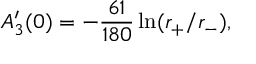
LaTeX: A _ { 3 } ^ { \prime } ( 0 ) = - { \frac { 6 1 } { 1 8 0 } } \ln ( r _ { + } / r _ { - } ) ,